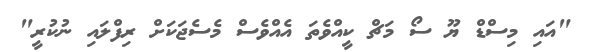
"އައި މިސްޑް ޔޫ ސޯ މަޗް ކީއްވެތަ އެއްވެސް މެސެޖަކަށް ރިފްލައި ނުކުރީ"